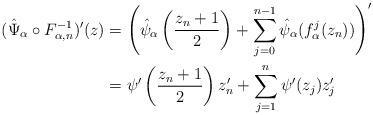
LaTeX: \begin{align*}(\hat \Psi_{\alpha} \circ F_{\alpha, n}^{-1})'(z)&=\left(\hat \psi_{\alpha}\left(\frac{z_{n}+1}{2} \right)+\sum_{j=0}^{n-1} \hat \psi_{\alpha}(f_{\alpha}^j(z_{n}))\right)'\\&=\psi'\left(\frac{z_{n}+1}{2} \right)z_{n}'+\sum_{j=1}^{n} \psi'(z_{j})z_j'\end{align*}